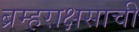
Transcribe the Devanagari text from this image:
ब्रम्हराक्षसाची